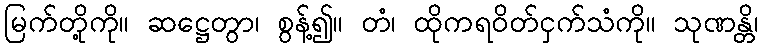
မြက်တို့ကို။ ဆဋ္ဌေတွာ၊ စွန့်၍။ တံ၊ ထိုကရဝိတ်ငှက်သံကို။ သုဏန္တိ၊